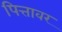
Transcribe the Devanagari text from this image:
पित्तावर